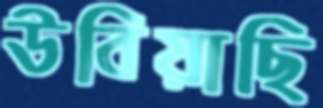
উবিয়াছি